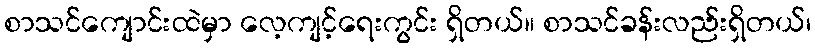
စာသင်ကျောင်းထဲမှာ လေ့ကျင့်ရေးကွင်း ရှိတယ်။ စာသင်ခန်းလည်းရှိတယ်၊